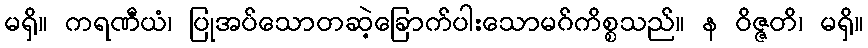
မရှိ။ ကရဏီယံ၊ ပြုအပ်သောတဆဲ့ခြောက်ပါးသောမဂ်ကိစ္စသည်။ န ဝိဇ္ဇတိ၊ မရှိ။